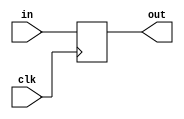
`timescale 1ns / 1ps
/*
The input port is used to get inputs from the user.
*/
module in_port(in,out,clk);

  input            clk;
  input      [7:0] in;
  output reg [7:0] out;

  always @(negedge clk)
  begin
    out <= in;
  end
  
endmodule